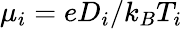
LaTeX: \mu_{i}={e}D_{i}/k_{B}T_{i}